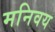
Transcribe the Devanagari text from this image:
मनिवय